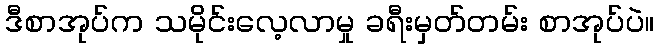
ဒီစာအုပ်က သမိုင်းလေ့လာမှု ခရီးမှတ်တမ်း စာအုပ်ပဲ။